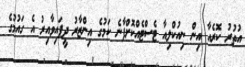
އުތުރު ކޮރެއާ އިން ނިއުކްލިއާ ޓެސްޓެއްކޮށްފާނެ ކަމުގެ އިންޒާރު ދީފައިވާއިރު އެ ގައުމުގެ